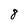
Character: 8